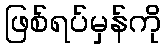
ဖြစ်ရပ်မှန်ကို